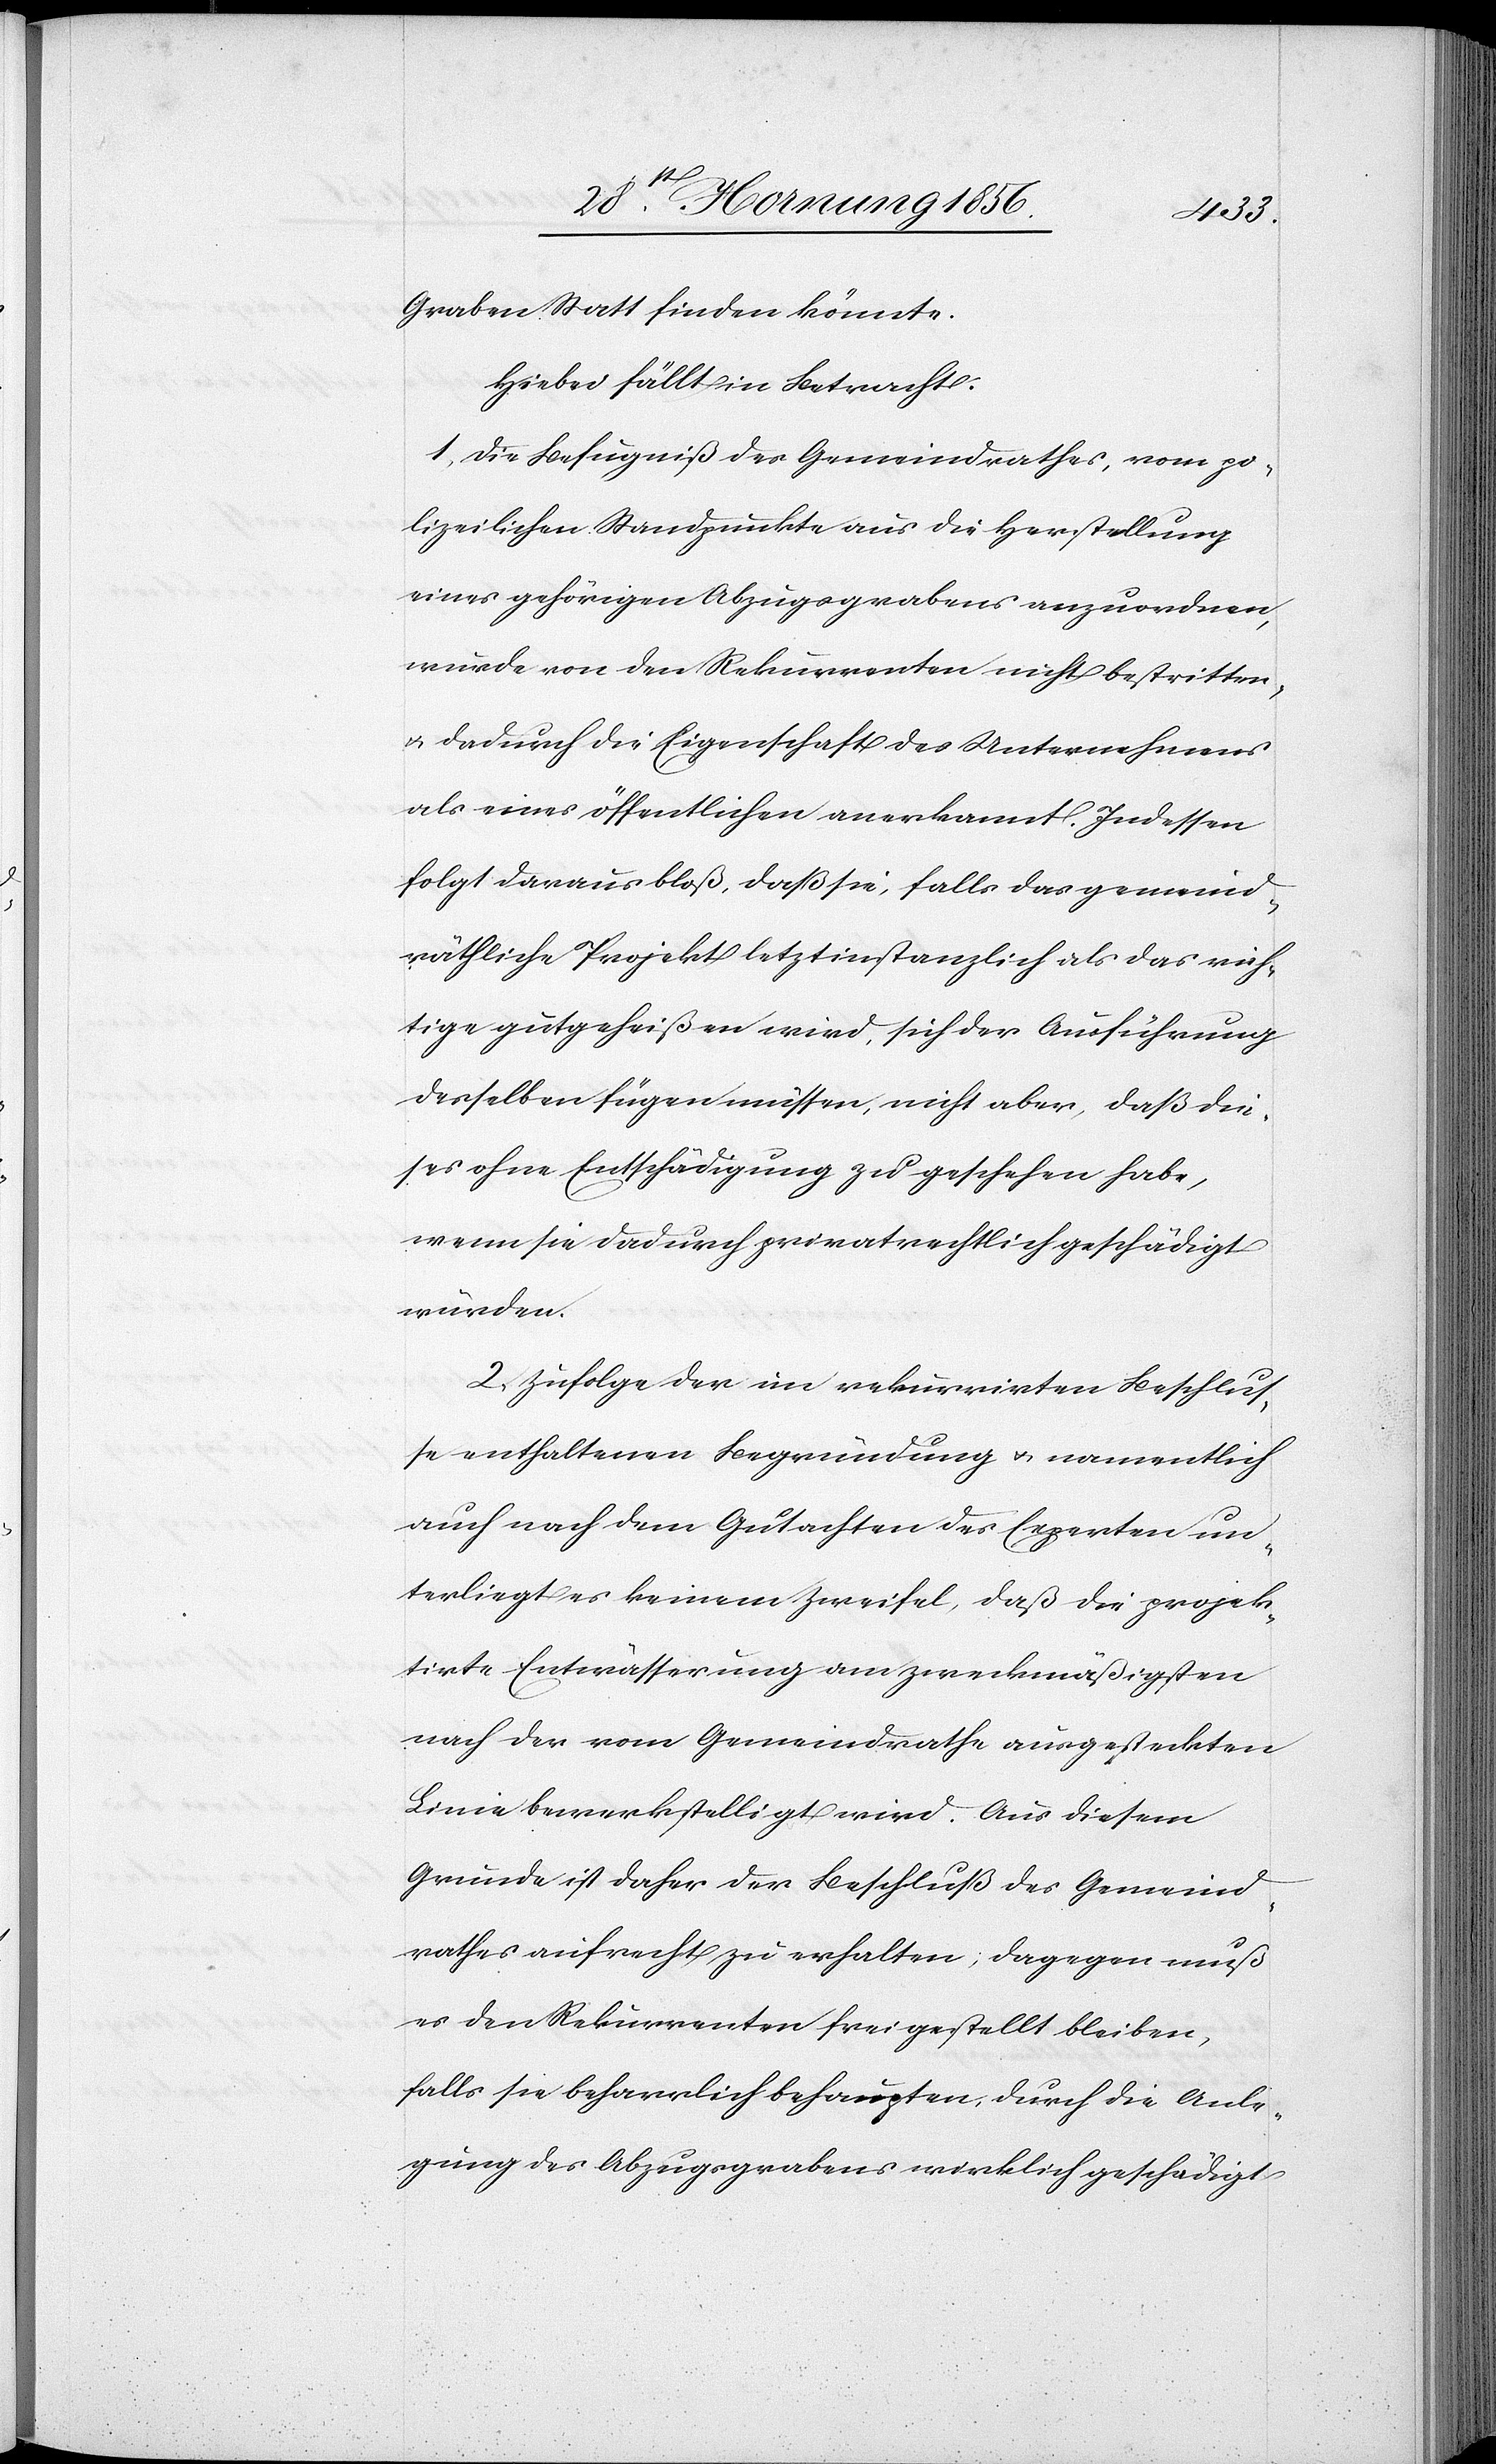
Graben Statt finden könnte.
Hiebei fällt in Betracht.
1, Die Befugniß des Gemeindrathes, vom po¬
lizeilichen Standpunkte aus die Herstellung
eines gehörigen Abzugsgrabens anzuordnen
wurde von den Rekurrenten nicht bestritten,
u. dadurch die Eigenschaft des Unternehmens
als eines öffentlichen anerkannt. Indessen
folgt daraus bloß, daß sie, falls das gemeind¬
räthliche Projekt letztinstanzlich als das rich¬
tige gutgeheißen wird, sich der Ausführung
desselben fügen müssen, nicht aber, das die¬
ses ohne Entschädigung zu geschehen habe,
wenn sie dadurch privatrechtlich geschädigt
würden.
2, Zufolge der im rekurrirten Beschlus¬
se enthaltenen Begründung u. namentlich
auch nach dem Gutachten des Experten un¬
terliegt es keinem Zweifel, daß die projek¬
tirte Entwässerung am zweckmäßigsten
nach der vom Gemeindrathe ausgesteckten
Linie bewerkstelligt wird. Aus diesem
Grunde ist daher der Beschluß des Gemeind¬
rathes aufrecht zu erhalten; dagegen muß
es den Rekurrenten frei gestellt bleiben,
falls sie beharrlich behaupten, durch die Anle¬
gung des Abzugsgrabens wirklich geschädigt